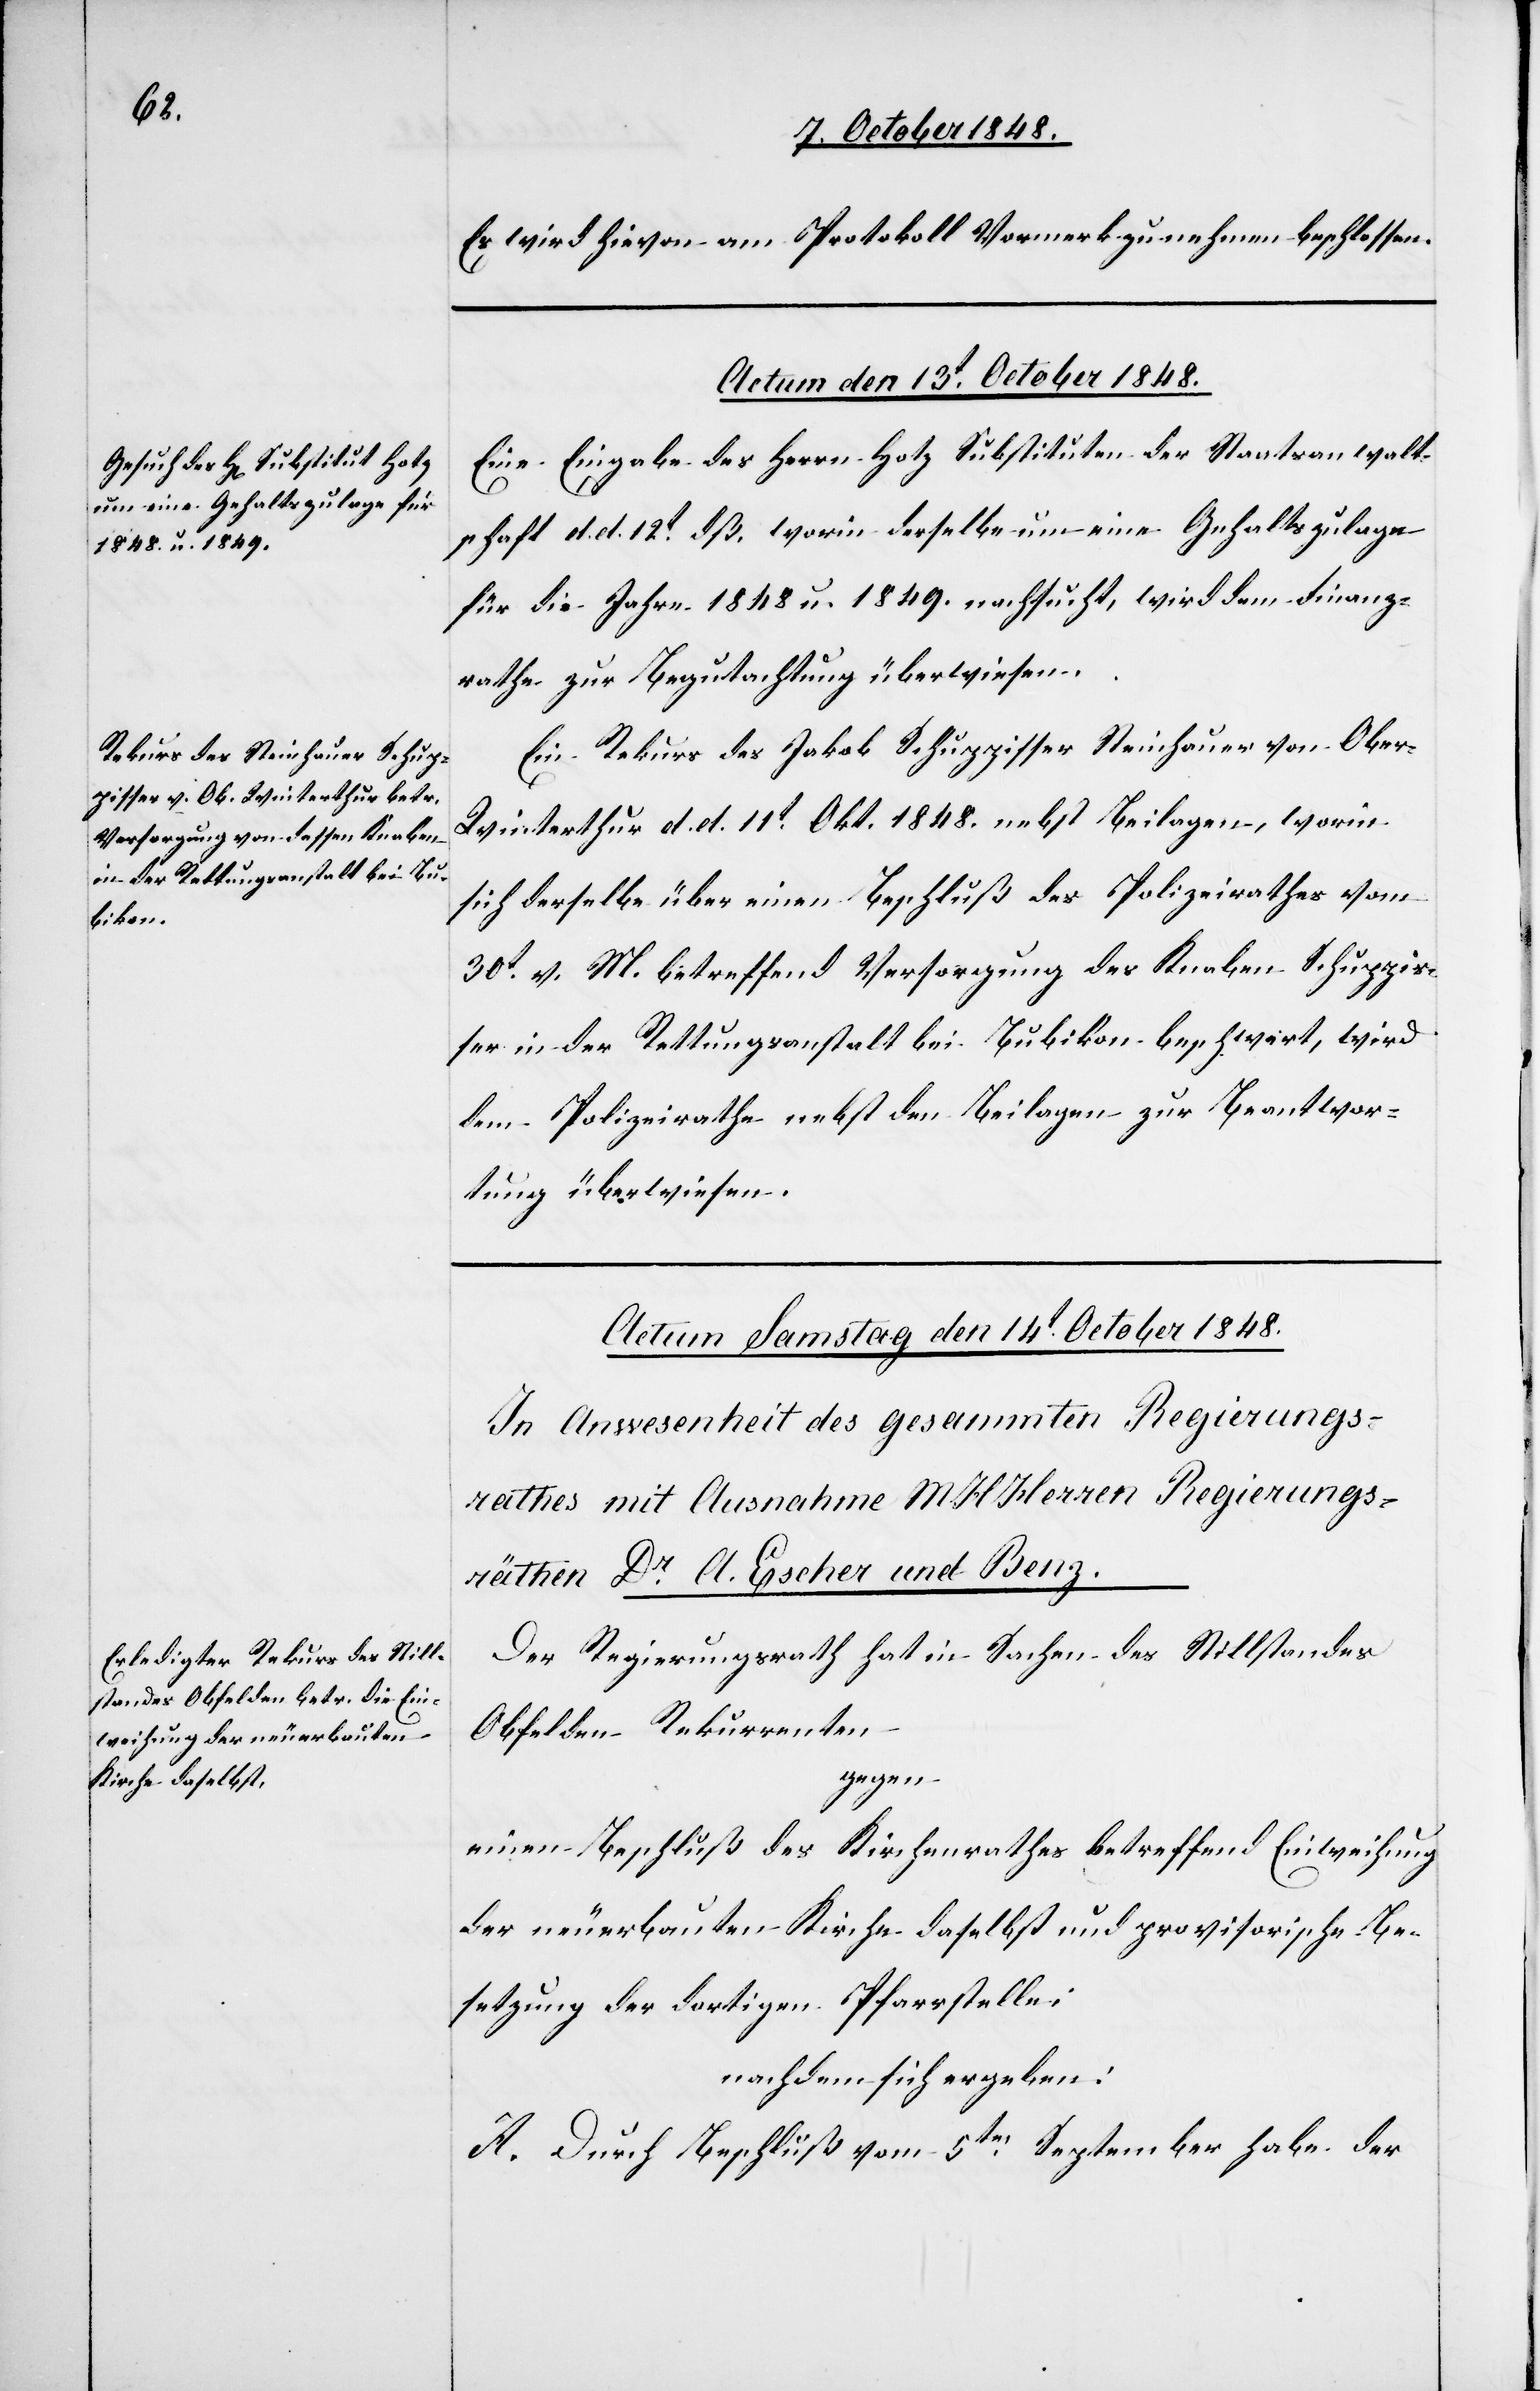
Es wird hievon am Protokoll Vormerk zu nehmen beschlossen.
Actum den 13t October 1848.]
Eine Eingabe des Herrn Hotz Substituten der Staatsanwalt¬
schaft d. d. 12t dß. worin derselbe um eine Gehaltszulage
für die Jahre 1848. u. 1849. nachsucht wird dem Finanz¬
rathe zur Begutachtung überwiesen.
Ein Rekurs des Jakob Schuppisser Steinhauer von Obe¬
r-Winterthur d. d. 11t Okt. 1848. nebst Beilagen, worin
sich derselbe über einen Beschluß des Polizeirathes vom
30t v. M. betreffend Versorgung des Knaben Schuppis¬
ser in der Rettungsanstalt bei Bubikon beschwert, wird
dem Polizeirathe nebst den Beilagen zur Beantwor¬
tung überwiesen.
Der Regierungsrath hat in Sachen des Stillstandes
Obfelden Rekurrenten
gegen
einen Beschluß des Kirchenrathes betreffend Einweihung
der neuerbauten Kirche daselbst und provisorische Be¬
setzung der dortigen Pfarrstelle;
nachdem sich ergeben:
A. Durch Beschluß vom 5ten September habe der